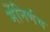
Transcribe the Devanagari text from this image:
मेंनिर्णय